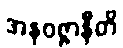
အနဝဇ္ဇာနီတိ